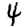
Digit: 4